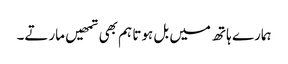
ہمارے ہاتھ میں بل ہوتا ہم بھی تمھیں مارتے۔